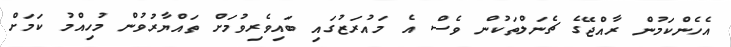
އެހެންކަމުން ރާއްޖޭގެ ޗެނަލްތަކުން ވެސް އެ މައުރަޒުގައި ބައިވެރިވުމަށް ތައްޔާރުވުން މުހިއްމު ކަމަށް